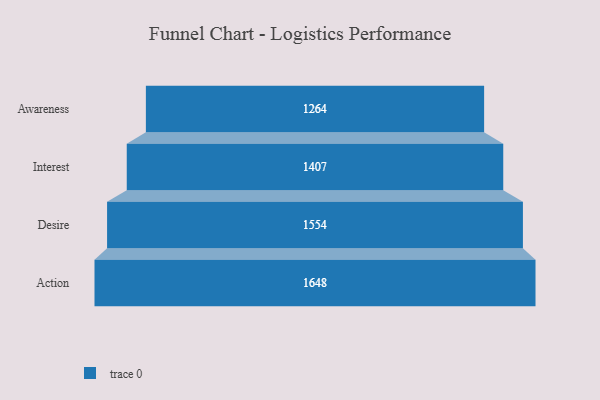
{"axis": {"x": "Stage", "y": "Value"}, "legend": [""], "data": [{"x": "Awareness", "y": 1264.0, "type": ""}, {"x": "Interest", "y": 1407.0, "type": ""}, {"x": "Desire", "y": 1554.0, "type": ""}, {"x": "Action", "y": 1648.0, "type": ""}]}